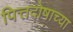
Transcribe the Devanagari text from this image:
पित्तदोषाच्या